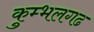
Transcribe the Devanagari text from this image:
कुम्‍भलगढ